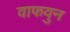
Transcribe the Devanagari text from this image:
वाफवुन